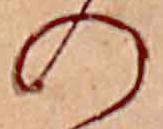
の